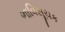
ભાવિસૂચક